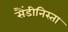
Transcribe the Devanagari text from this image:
सैंडीनिस्ता